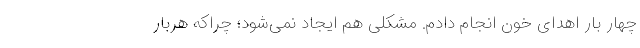
چهار بار اهدای خون انجام دادم. مشکلی هم ایجاد نمی‌شود؛ چراکه هربار